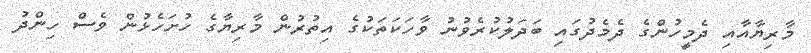
މާރިޔާއާއި ދެމީހުންގެ ދެމެދުގައި ބަދަލުކުރެވުނު ވާހަކަތަކުގެ އިތުރުން މާރިޔާގެ ހުށަހެޅުން ވެސް ހިންދު